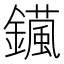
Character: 𨮇